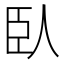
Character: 臥